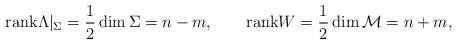
LaTeX: \begin{align*}{\rm rank}\Lambda |_\Sigma =\frac 12\dim\Sigma =n-m,\qquad {\rm rank} W=\frac 12\dim {\cal M}=n+m, \end{align*}